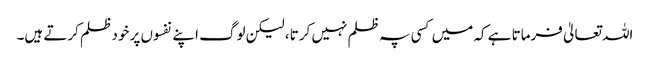
اللہ تعالیٰ فرماتا ہے کہ میں کسی پہ ظلم نہیں کرتا ، لیکن لوگ اپنے نفسوں پر خود ظلم کرتے ہیں۔